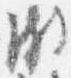
頗